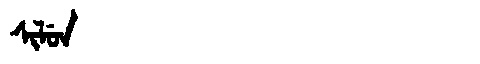
Manchu: ᠰᡳᠯᡠᠨ
Romanization: SILUN